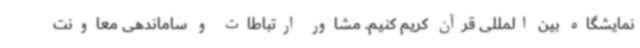
نمایشگاه بین المللی قرآن کریم کنیم. مشاور ارتباطات و ساماندهی معاونت